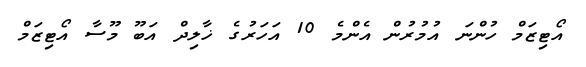
އޯޓިޒަމް ހުންނަ އުމުރުން އެންމެ 10 އަަހަރުގެ ޚާލިދް އަބޫ މޫސާ އޯޓިޒަމް